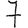
Digit: 7